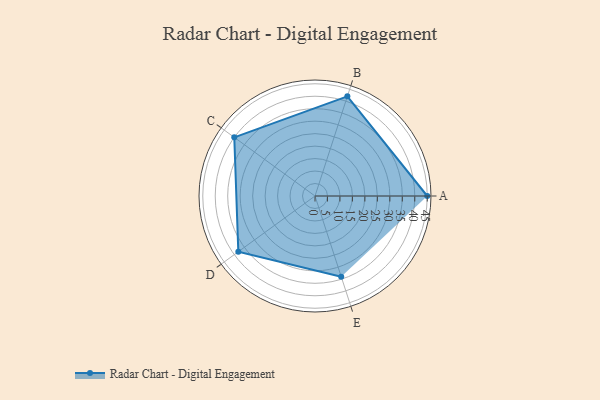
{"axis": {"x": "Skill", "y": "Score"}, "legend": ["Profile"], "data": [{"x": "A", "y": 45.0, "type": "Profile"}, {"x": "B", "y": 42.0, "type": "Profile"}, {"x": "C", "y": 40.0, "type": "Profile"}, {"x": "D", "y": 38.0, "type": "Profile"}, {"x": "E", "y": 34.0, "type": "Profile"}]}